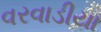
વરવાડીયા